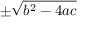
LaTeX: \pm { \sqrt { b ^ { 2 } - 4 a c } }